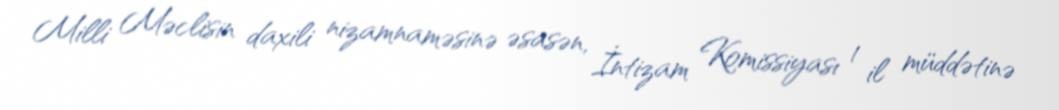
Milli Məclisin daxili nizamnaməsinə əsasən, İntizam Komissiyası 1 il müddətinə